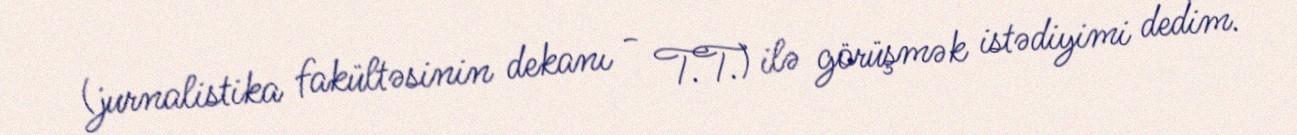
(jurnalistika fakültəsinin dekanı - T.T.) ilə görüşmək istədiyimi dedim.